Medical and sanitary report of the native army of Bengal for the year
Year: 1874
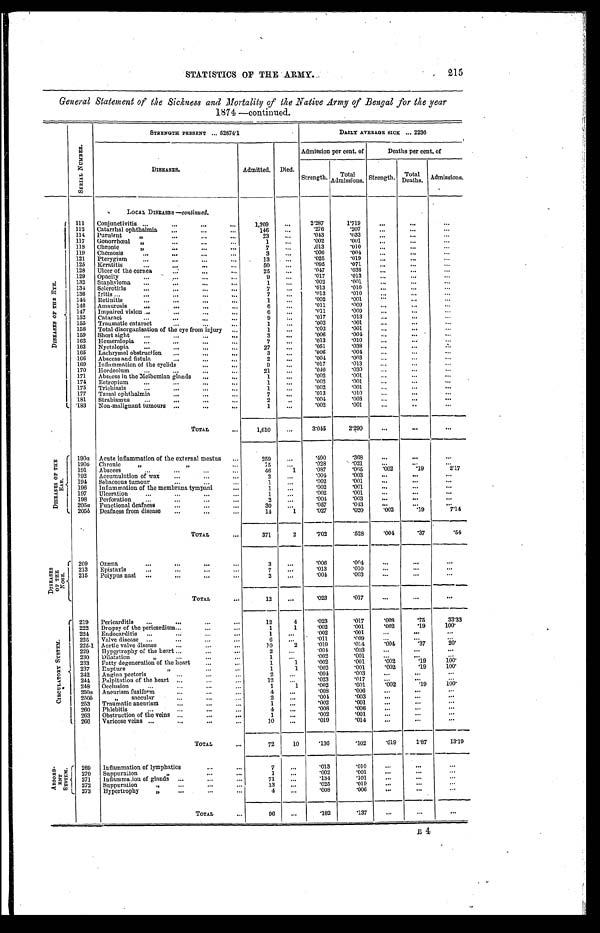
STATISTICS OF THE ARM
Y. 215
General Statement of the Sickness and Mortality of the Native Army of Bengal for the year
1874 —continued.
S E R I A L N U M B E R .
STRENGTH PRESENT ... 52874.1
DAILY AVERAGE ... 2236
DISEASES.
Admitted. Died.
Admission per cent. of
Deaths per cent. of
Strength. Total
Admissions. Strength. Total
Deaths. Admissions.
LOCAL DI SEASES— c o n t i n u e d .
D I S E A S E S O F T H E E Y E .
111 Conjunctivitis
1,209
...
2.287
1.719
. . .
. . .
. . .
112 Catarrhal ophthalmia
146
...
.276
.207
. . .
...
. . .
114 Purulent "
23
...
. 043
.033
. . .
. . .
...
117 Gonorrhœal "
1
...
.002
.001
. . .
. . .
. . .
118 Chronic "
7
. . .
.013
.010
. . .
. . .
. . .
119 Chemosis
3
. . .
.006
.004
. . .
. . .
. . .
121 Pterygium
1 3
. . .
.025
.019
. . .
...
...
125 Keratitis
50
. . .
.095
.071 ...
. . .
...
128 Ulcer of the cornea
25
. . .
.047
.036
. . .
. . .
. . .
129 Opacity
9
. . .
.017
.013
. . .
. . .
. . .
132 Staphyloma
1
. . .
.002
.001
. . .
. . .
. . .
134 Sclerotitis
7
. . .
.013
.010
. . .
. . .
. . .
136 Iritis
7
. . .
.013
.010
. . .
. . .
. . .
144
Retinitis
1
. . .
.002
.001
. . .
. . .
. . .
146 Amaurosis
6
. . .
. 0 1 1
.009
. . .
. . .
...
147 Impaired vision
6
. . .
.011
.009
. . .
. . .
. . .
152 Cataract
9
. . .
.017
.013
. . . ...
. . .
155 Traumatic cataract
1
. . .
.002
.001
. . .
. . .
. . .
158 Total disorganisation of the eye from injury
1
. . .
. 0 0 2
.001
. . .
. . .
. . .
159 Short sight
3
. . .
.006
.004
. . . ...
. . .
162 Hemeralopia
7
. . .
.013
.010
. . .
. . .
. . .
163 Nyctalopia
27
...
.051
.038
. . .
. . .
. . .
165 Lachrymal obstruction
3
. . .
.006
.004
. . .
. . .
. . .
166 Abscess and fistula
2
. . .
.004
.003
. . .
. . .
. . .
169 Inflammation of the eyelids
9
. . .
.017
.013
. . .
. . .
...
170 Hordeolum
21
. . .
.040
.030
...
...
. . .
171 Abscess in the Meibomian glands
1
...
.002
.001
. . .
. . .
. . .
174 Ectropium
1
. . .
.002
.001
. . .
. . .
. . .
175 Trichiasis
1
. . .
.002
.001
. . .
. . .
. . .
177 Tarsal ophthalmia
7
. . .
.013
.010
. . .
. . .
. . .
181 Strabismus
2
. . .
.004
.003
...
. . .
. . .
183 Non-malignant tumours
1
. . .
.002
.001
...
...
. . .
TOTAL
1,610
. . .
3.045
2.290
. . .
. . .
. . .
D I S E A S E S O F T H E E A R . 190a Acute inflammation of the external meatus
259
...
.490
.368
. . .
. . .
. . .
190b Chronic " "
15
. . .
.028
.021
...
. . .
. . .
191 Abscess
46
1
.087
. 0 6 5
. 0 0 2
. 1 9
2 . 1 7
192 Accumulation of wax
2
. . .
.004
.003
...
. . .
. . .
194 Sebaceous tumour
1
. . .
.002
.001
. . .
. . .
. . .
196 Inflammation of the membrana tympani
1
...
.002
.001
. . .
. . .
. . .
197 Ulceration
1
. . .
.002
.001
. . .
. . .
. . .
198 Perforation
2
. . .
. 0 0
4
.003
. . .
. . .
. . .
205a Functional deafness
30
...
.057
.043
. . .
. . .
. . .
2055 Deafness from disease
14
1
.027
.020
. 0 0 2 .19
7.14
TOTAL
371
2
.702
.528
. 0 0 4
. 3 7 .54
D I S E A S E S O F T H E N O S E . 209 Ozæna
3
. . .
.006
.004
. . .
. . .
. . .
213 Epistaxis
7
. . .
.013
.010
. . .
. . .
. . .
215 Polypus nasi
2
...
.004
.003
. . .
. . .
. . .
TOTAL
12
...
.023
.017
. . .
. . .
. . .
C I R C U L A T O R Y S Y S T E M . 219 Pericarditis
12
4
.023
.017
. 0 0 8
. 7 5 33.33
222 Dropsy of the pericardium
1
1
.002
.001
. 0 0 2
. 1 9100.
224 Endocarditis
1
. . .
. 0 0 2
.001
. . .
. . .
. . .
225 Valve disease
6
...
. 0 1 1
.009
. . .
. . .
. . .
225-1 Aortic valve disease
1 0
2
.019
.014
. 0 0 4
. 3 7
20.
229 Hypertrophy of the heart
2
...
.004
.003
. . .
. . .
. . .
230 Dilatation "
1
. . .
.002
.001
...
. . .
. . .
233 Fatty degeneration of the heart
1
1
.002
.001
. 0 0 2 .19
100.
237 Rupture "
1
1
.002
.001
. 0 0 2
. 1 9
100.
242 Angina pectoris
2
...
.004
.003
. . .
. . .
. . .
244 Palpitation of the heart
12
. . .
.023
.017
. . .
. . .
. . .
248 Occlusion
1
1
.002
.001
. 0 0 2
. 1 9 100.
250a Aneurism fusiform
4
. . .
.008
.006
...
. . .
. . .
250b
" saccular
2
...
.004
.003
. . .
. . .
. . .
253 Traumatic aneurism
1
. . .
.002
.001
. . .
. . .
. . .
260 Phlebitis
4
...
.008
.006
...
. . .
. . .
263 Obstruction of the veins
1
. . .
.002
.001
. . .
. . .
. . .
266 Varicose veins
10
. . .
.019
.014
. . .
. . .
. . .
TOTAL
72
10
.136
.102
. 0 1 9
1.87
13.19
ABSORB- BNT SYSTEM.
269 Inflammation of lymphatics
7
...
.013
.010
. . .
. . .
. . .
270 Suppuration "
1
. . .
.002
.001
...
...
...
271 Inflammation of glands
71
...
.134
.101
...
. . .
. . .
272 Suppuration
"
13
...
.025
.019
...
. . .
. . .
273 Hypertrophy "
4
. . .
.008.006
. . .
. . .
. . .
TOTAL
96
. . .
.182
.137
. . .
. . .
. . .
B